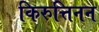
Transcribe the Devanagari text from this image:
किरुत्तिनन